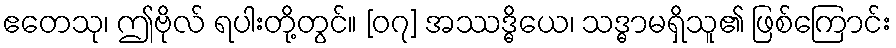
ဧတေသု၊ ဤဗိုလ် ရပါးတို့တွင်။ [၀၇] အဿဒ္ဓိယေ၊ သဒ္ဓာမရှိသူ၏ ဖြစ်ကြောင်း